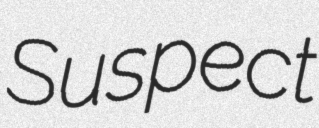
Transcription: Suspect